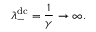
\lambda _ { - } ^ { \mathrm { d c } } = \frac { 1 } { \gamma } \rightarrow \infty .